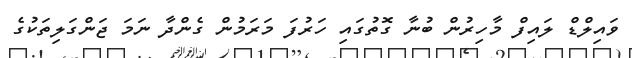
ވައިލްޑް ލައިފް މާހިރުން ބުނާ ގޮތުގައި ހަރުފަ މަރަމުން ގެންދާ ނަމަ ޖަންގަލިތަކުގެ